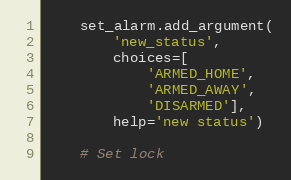
Language: Python
    set_alarm.add_argument(
        'new_status',
        choices=[
            'ARMED_HOME',
            'ARMED_AWAY',
            'DISARMED'],
        help='new status')

    # Set lock